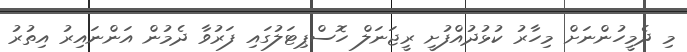
މި ދެމީހުންނަށް މިހާރު ކުޅުދުއްފުށީ ރީޖަނަލް ހޮސްޕިޓަލުގައި ފަރުވާ ދެމުން އަންނައިރު އިތުރު